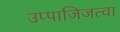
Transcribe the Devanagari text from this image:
उप्पाजिजत्वा